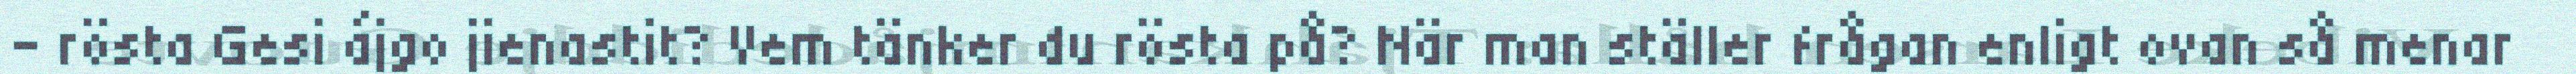
- rösta Gesi ájgo jienastit? Vem tänker du rösta på? När man ställer frågan enligt ovan så menar